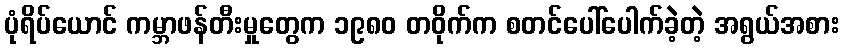
ပုံရိပ်ယောင် ကမ္ဘာဖန်တီးမှုတွေက ၁၉၈၀ တဝိုက်က စတင်ပေါ်ပေါက်ခဲ့တဲ့ အရွယ်အစား